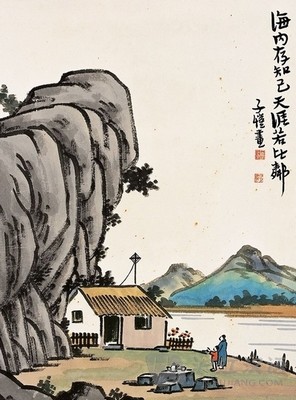
海内存知己，天涯若比邻。